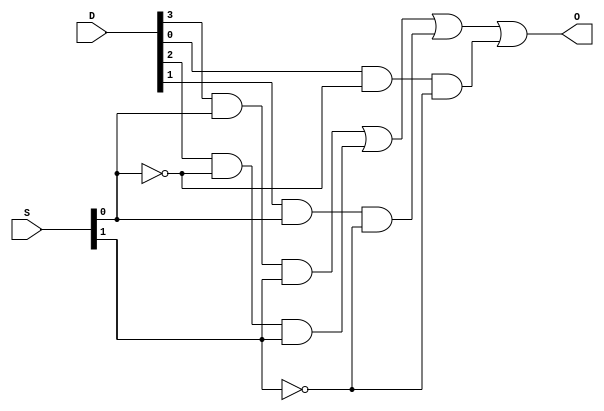
module Four_to_1_1_bit_mux(O,D,S); //declares module

	input wire [3:0]D; // four data inputs
	input wire [1:0]S; // two selectors
	output wire O;   //define input wire
	
	assign O = (D[3] & S[0] & S[1]) |  (D[2]& ~S[0]& S[1]) |  (D[1] & S[0] & ~S[1]) | (D[0] & ~S[0] & ~S[1]); //assigns logical expression to output for the 4 to 1 MUX

endmodule